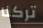
تركنا